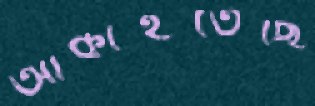
আঁকাইতেছি